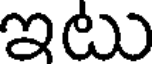
ఇటు